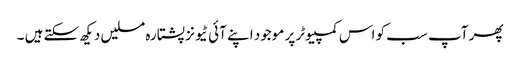
پھر آپ سب کو اس کمپیوٹر پر موجود اپنے آئی ٹیونز پشتارہ مسلیں دیکھ سکتے ہیں ۔